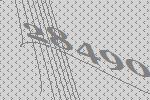
28490